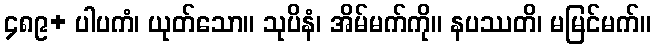
၄၈၉+ ပါပကံ၊ ယုတ်သော။ သုပိနံ၊ အိမ်မက်ကို။ နပဿတိ၊ မမြင်မက်။